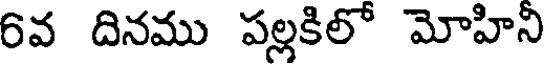
6వ దినము పల్లకిలో మోహిని